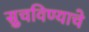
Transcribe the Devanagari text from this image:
सुचविण्याचे